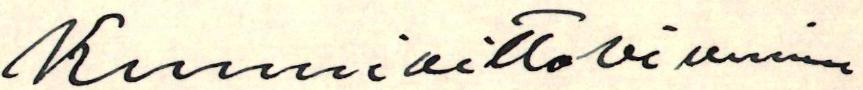
Kunnioittavimmin